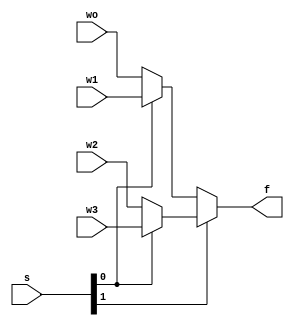
// This program was cloned from: https://github.com/regales/cpre281
// License: Apache License 2.0

module mux4to1(wo,w1,w2,w3,s,f);
input wo,w1,w2,w3;
input [1:0] s;
output f;

assign f= s[1]? s[0]? w3:w2 :  s[0]? w1:wo;

endmodule